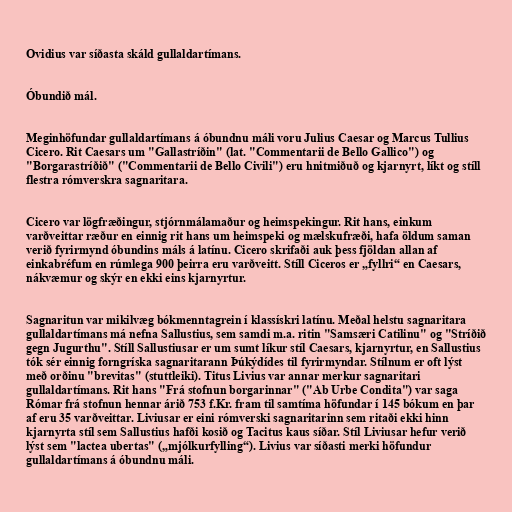
Ovidius var síðasta skáld gullaldartímans.

Óbundið mál.

Meginhöfundar gullaldartímans á óbundnu máli voru Julius Caesar og Marcus Tullius
Cicero. Rit Caesars um "Gallastríðin" (lat. "Commentarii de Bello Gallico") og
"Borgarastríðið" ("Commentarii de Bello Civili") eru hnitmiðuð og kjarnyrt, líkt og stíll
flestra rómverskra sagnaritara.

Cicero var lögfræðingur, stjórnmálamaður og heimspekingur. Rit hans, einkum
varðveittar ræður en einnig rit hans um heimspeki og mælskufræði, hafa öldum saman
verið fyrirmynd óbundins máls á latínu. Cicero skrifaði auk þess fjöldan allan af
einkabréfum en rúmlega 900 þeirra eru varðveitt. Stíll Ciceros er „fyllri“ en Caesars,
nákvæmur og skýr en ekki eins kjarnyrtur.

Sagnaritun var mikilvæg bókmenntagrein í klassískri latínu. Meðal helstu sagnaritara
gullaldartímans má nefna Sallustius, sem samdi m.a. ritin "Samsæri Catilinu" og "Stríðið
gegn Jugurthu". Stíll Sallustiusar er um sumt líkur stíl Caesars, kjarnyrtur, en Sallustius
tók sér einnig forngríska sagnaritarann Þúkýdídes til fyrirmyndar. Stílnum er oft lýst
með orðinu "brevitas" (stuttleiki). Titus Livius var annar merkur sagnaritari
gullaldartímans. Rit hans "Frá stofnun borgarinnar" ("Ab Urbe Condita") var saga
Rómar frá stofnun hennar árið 753 f.Kr. fram til samtíma höfundar í 145 bókum en þar
af eru 35 varðveittar. Liviusar er eini rómverski sagnaritarinn sem ritaði ekki hinn
kjarnyrta stíl sem Sallustius hafði kosið og Tacitus kaus síðar. Stíl Liviusar hefur verið
lýst sem "lactea ubertas" („mjólkurfylling“). Livius var síðasti merki höfundur
gullaldartímans á óbundnu máli.